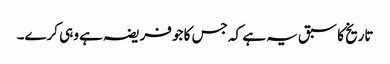
تاریخ کا سبق یہ ہے کہ جس کا جو فریضہ ہے وہی کرے۔